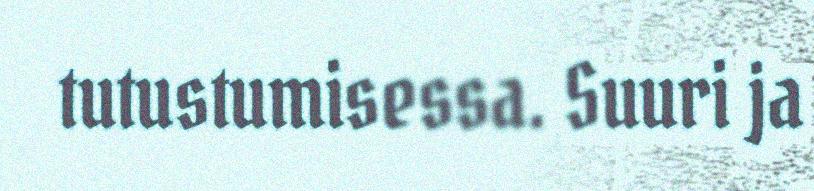
tutustumisessa. Suuri ja